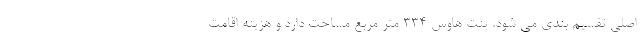
اصلی تقسیم بندی می شود. پنت هاوس 334 متر مربع مساحت دارد و هزینه اقامت